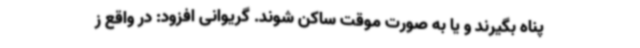
پناه بگیرند و یا به صورت موقت ساکن شوند. گریوانی افزود: در واقع ز